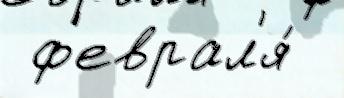
 ф'еврал'я́